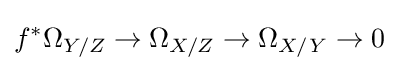
f^{*}\Omega _{Y/Z}\to \Omega _{X/Z}\to \Omega _{X/Y}\to 0